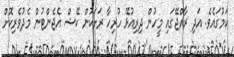
ކަމުގައެވެ. އަދި ރާއްޖޭގައި މީހުން ދިރިއުޅޭ ހުރިހާ ރަށަކުން ކޭޝް އެޖެންޓުން މެދުވެރިކޮށް